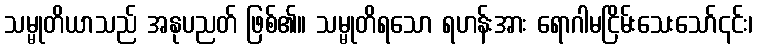
သမ္မုတိယာသည် အနုပညတ် ဖြစ်၏။ သမ္မုတိရသော ရဟန်းအား ရောဂါမငြိမ်းသေးသော်၎င်း၊